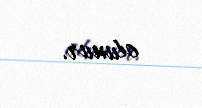
olunur.